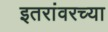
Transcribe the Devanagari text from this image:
इतरांवरच्या